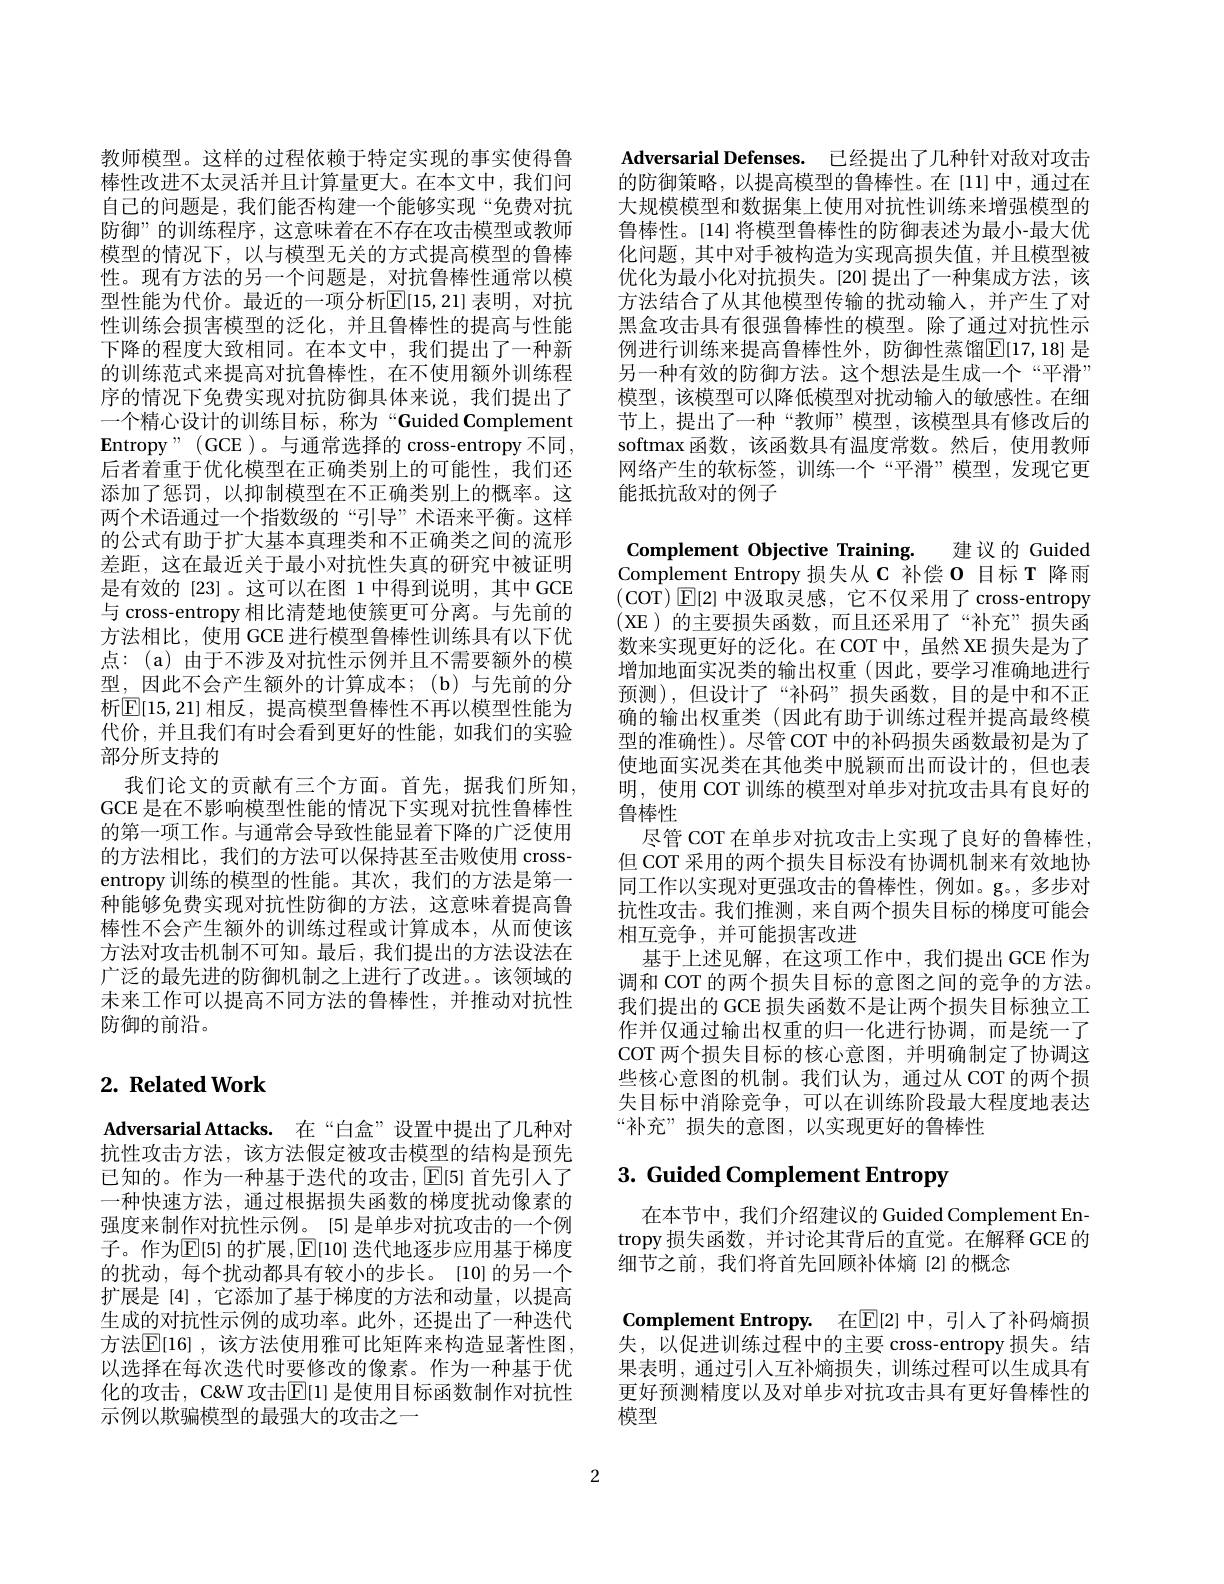
教师模型。这样的过程依赖于特定实现的事实使得鲁棒性改进不太灵活并且计算量更大。在本文中，我们间自己的问题是，我们能否构建一个能够实现“免费对抗防御”的训练程序，这意味着在不存在攻击模型或教师模型的情况下，以与模型无关的方式提高模型的鲁棒性。现有方法的另一个问题是，对抗鲁棒性通常以模型性能为代价。最近的一项分析$\mathbb{E}[15,21]$ 表明，对抗性训练会损害模型的泛化，并且鲁棒性的提高与性能下降的程度大致相同。在本文中，我们提出了一种新的训练范式来提高对抗鲁棒性，在不使用额外训练程序的情况下免费实现对抗防御具体来说，我们提出了一个精心设计的训练目标，称为“Guided Complement $\mathbf{E}$ntropy"(GCE)。与通常选择的 cross-entropy 不同， 后者着重于优化模型在正确类别上的可能性，我们还添加了惩罚，以抑制模型在不正确类别上的概率。这两个术语通过一个指数级的“引导”术语来平衡。这样的公式有助于扩大基本真理类和不正确类之间的流形差距，这在最近关于最小对抗性失真的研究中被证明是有效的[23]。这可以在图 1 中得到说明，其中 GCE 与 cross-entropy 相比清楚地使簇更可分离。与先前的方法相比，使用 GCE 进行模型鲁棒性训练具有以下优点：(a)由于不涉及对抗性示例并且不需要额外的模型，因此不会产生额外的计算成本；(b)与先前的分析$\boxed{\mathrm{E}}[15,21]$ 相反，提高模型鲁棒性不再以模型性能为代价，并且我们有时会看到更好的性能，如我们的实验部分所支持的
我们论文的贡献有三个方面。首先，据我们所知， GCE 是在不影响模型性能的情况下实现对抗性鲁棒性的第一项工作。与通常会导致性能显着下降的广泛使用的方法相比，我们的方法可以保持甚至击败使用 crossentropy 训练的模型的性能。其次，我们的方法是第一种能够免费实现对抗性防御的方法，这意味着提高鲁棒性不会产生额外的训练过程或计算成本，从而使该方法对攻击机制不可知。最后，我们提出的方法设法在广泛的最先进的防御机制之上进行了改进。。该领域的未来工作可以提高不同方法的鲁棒性，并推动对抗性防御的前沿。

## $2. \textbf{ Related Work}$

Adversarial Attacks. 在“白盒”设置中提出了几种对抗性攻击方法，该方法假定被攻击模型的结构是预先已知的。作为一种基于迭代的攻击，$\operatorname{E}[5]$首先引人了一种快速方法，通过根据损失函数的梯度扰动像素的强度来制作对抗性示例。[5] 是单步对抗攻击的一个例子。作为$\mathbb{E}[5]$ 的扩展$,\mathbb{E}[10]$ 迭代地逐步应用基于梯度的扰动，每个扰动都具有较小的步长。[10]的另一个扩展是 [4],它添加了基于梯度的方法和动量，以提高生成的对抗性示例的成功率。此外，还提出了一种迭代方法$\overline {\mathbb{E} }[ 16]$ , 该方法使用雅可比矩阵来构造显著性图， 以选择在每次迭代时要修改的像素。作为一种基于优化的攻击，C&W 攻击$\mathbb{E}[1]$ 是使用目标函数制作对抗性示例以欺骗模型的最强大的攻击之一

Adversarial Defenses. 已经提出了几种针对敌对攻击的防御策略，以提高模型的鲁棒性。在[11]中，通过在大规模模型和数据集上使用对抗性训练来增强模型的鲁棒性。[14] 将模型鲁棒性的防御表述为最小-最大优化问题，其中对手被构造为实现高损失值，并且模型被优化为最小化对抗损失。[20]提出了一种集成方法，该方法结合了从其他模型传输的扰动输入，并产生了对黑盒攻击具有很强鲁棒性的模型。除了通过对抗性示例进行训练来提高鲁棒性外，防御性蒸馏$\mathbb{E}[17,18]$ 是另一种有效的防御方法。这个想法是生成一个“平滑” 模型，该模型可以降低模型对扰动输入的敏感性。在细节上，提出了一种“教师”模型，该模型具有修改后的softmax 函数，该函数具有温度常数。然后，使用教师网络产生的软标签，训练一个“平滑”模型，发现它更能抵抗敌对的例子

Complement Objective Training. 建议的 Guided Complement Entropy 损失从 C 补偿 O 目标 T 降雨$(COT)E[2]$中汲取灵感，它不仅采用了 cross-entropy (XE)的主要损失函数，而且还采用了“补充”损失函数来实现更好的泛化。在COT中，虽然 XE 损失是为了增加地面实况类的输出权重(因此，要学习准确地进行预测),但设计了“补码”损失函数，目的是中和不正确的输出权重类 (因此有助于训练过程并提高最终模型的准确性)。尽管 COT 中的补码损失函数最初是为了使地面实况类在其他类中脱颖而出而设计的，但也表明，使用 COT 训练的模型对单步对抗攻击具有良好的鲁棒性
尽管 COT 在单步对抗攻击上实现了良好的鲁棒性， 但 COT 采用的两个损失目标没有协调机制来有效地协同工作以实现对更强攻击的鲁棒性，例如。g。,多步对抗性攻击。我们推测，来自两个损失目标的梯度可能会相互竞争，并可能损害改进
基于上述见解，在这项工作中，我们提出 GCE 作为调和 COT 的两个损失目标的意图之间的竞争的方法。我们提出的 GCE 损失函数不是让两个损失目标独立工作并仅通过输出权重的归一化进行协调，而是统一了COT 两个损失目标的核心意图，并明确制定了协调这些核心意图的机制。我们认为，通过从 COT 的两个损失目标中消除竞争，可以在训练阶段最大程度地表达“补充”损失的意图，以实现更好的鲁棒性

# 3. Guided Complement Entropy

在本节中，我们介绍建议的 Guided Complement Entropy 损失函数，并讨论其背后的直觉。在解释 GCE 的细节之前，我们将首先回顾补体熵[2]的概念

Complement Entropy. 在$\mathbb{E}[2]$ 中，引人了补码熵损失，以促进训练过程中的主要 cross-entropy 损失。结果表明，通过引人互补熵损失，训练过程可以生成具有更好预测精度以及对单步对抗攻击具有更好鲁棒性的模型

2